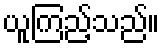
ယူကြည့်သည်။